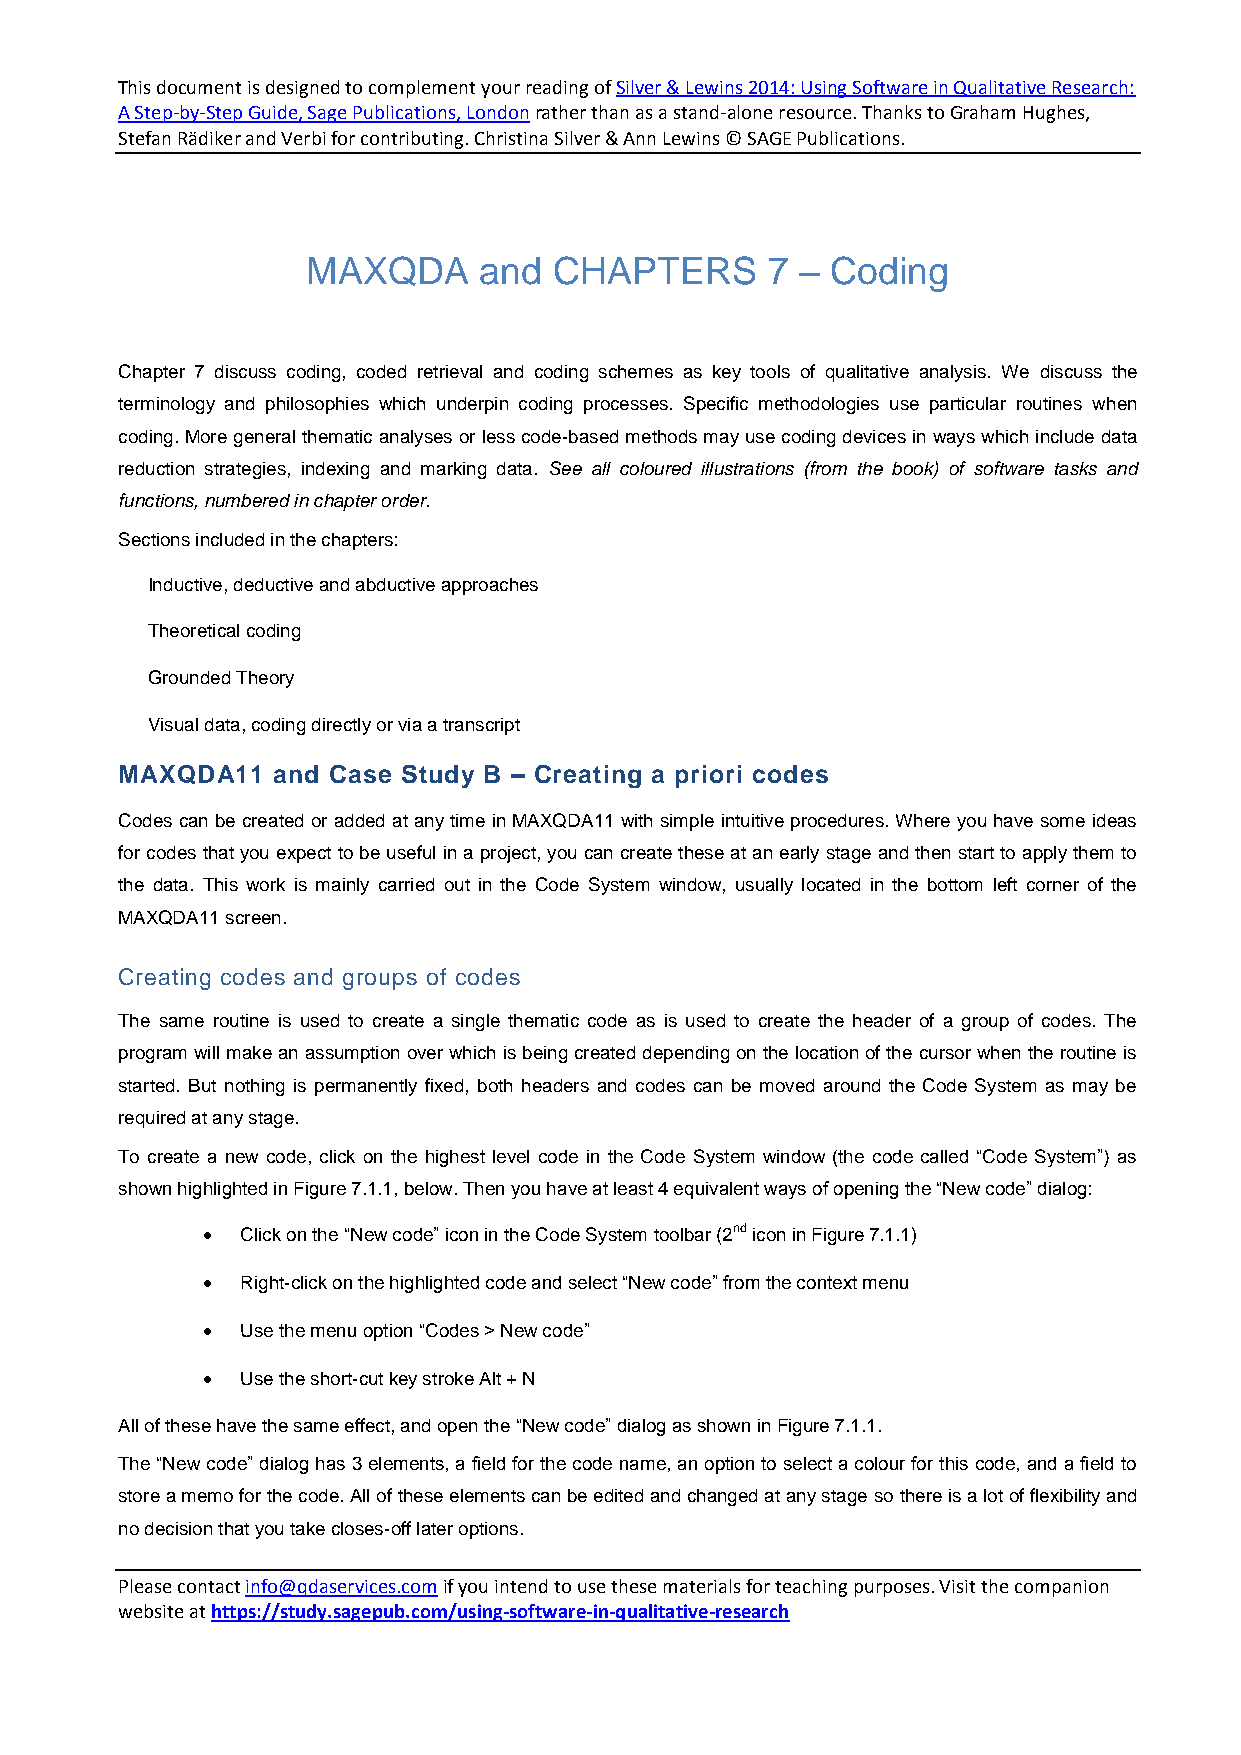
This document is designed to complement your reading of Silver & Lewins 2014: Using Software in Qualitative Research:
 A Step-by-Step Guide, Sage Publications, London rather than as a stand-alone resource. Thanks to Graham Hughes,
 Stefan Rädiker and Verbi for contributing. Christina Silver & Ann Lewins © SAGE Publications.
 MAXQDA      and  CHAPTERS      7 – Coding
 Chapter 7 discuss coding, coded retrieval and coding schemes as key tools of qualitative analysis. We discuss the
 terminology and philosophies which underpin coding processes. Specific methodologies use particular routines when
 coding. More general thematic analyses or less code-based methods may use coding devices in ways which include data
 reduction strategies, indexing and marking data. See all coloured illustrations (from the book) of software tasks and
 functions, numbered in chapter order.
 Sections included in the chapters:
 Inductive, deductive and abductive approaches
 Theoretical coding
 Grounded Theory
 Visual data, coding directly or via a transcript
 MAXQDA11  and Case Study B – Creating a priori codes
 Codes can be created or added at any time in MAXQDA11 with simple intuitive procedures. Where you have some ideas
 for codes that you expect to be useful in a project, you can create these at an early stage and then start to apply them to
 the data. This work is mainly carried out in the Code System window, usually located in the bottom left corner of the
 MAXQDA11 screen.
 Creating codes and groups of codes
 The same routine is used to create a single thematic code as is used to create the header of a group of codes. The
 program will make an assumption over which is being created depending on the location of the cursor when the routine is
 started. But nothing is permanently fixed, both headers and codes can be moved around the Code System as may be
 required at any stage.
 To create a new code, click on the highest level code in the Code System window (the code called “Code System”) as
 shown highlighted in Figure 7.1.1, below. Then you have at least 4 equivalent ways of opening the “New code” dialog:
   Click on the “New code” icon in the Code System toolbar (2nd icon in Figure 7.1.1)
   Right-click on the highlighted code and select “New code” from the context menu
   Use the menu option “Codes > New code”
   Use the short-cut key stroke Alt + N
 All of these have the same effect, and open the “New code” dialog as shown in Figure 7.1.1.
 The “New code” dialog has 3 elements, a field for the code name, an option to select a colour for this code, and a field to
 store a memo for the code. All of these elements can be edited and changed at any stage so there is a lot of flexibility and
 no decision that you take closes-off later options.
 Please contact info@qdaservices.com if you intend to use these materials for teaching purposes. Visit the companion
 website at https://study.sagepub.com/using-software-in-qualitative-research